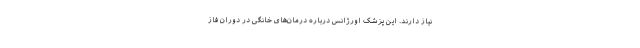
نیاز دارند. این پزشک اورژانس درباره درمان‌های خانگی در دوران فاز